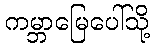
ကမ္ဘာမြေပေါ်သို့